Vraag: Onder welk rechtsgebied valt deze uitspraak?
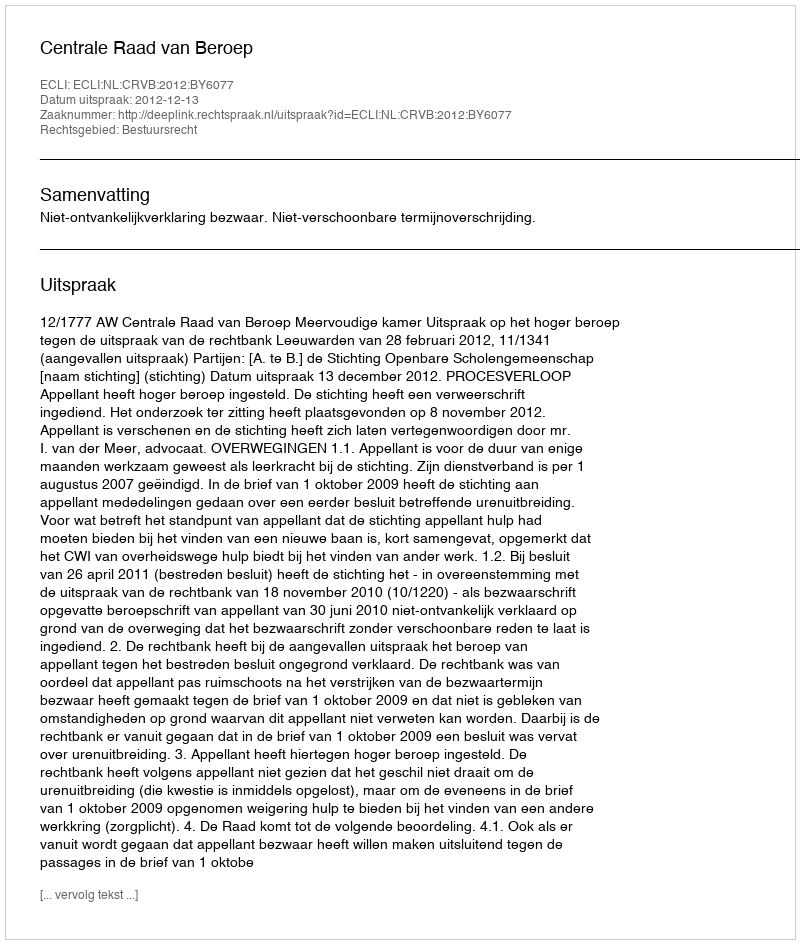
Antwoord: Bestuursrecht